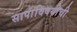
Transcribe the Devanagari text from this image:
सापांविषयीची